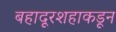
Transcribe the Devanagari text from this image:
बहादूरशहाकडून